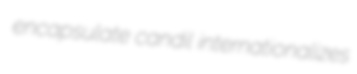
encapsulate candil internationalizes